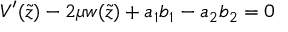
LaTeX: V ^ { \prime } ( \tilde { z } ) - 2 \mu w ( \tilde { z } ) + a _ { 1 } b _ { 1 } - a _ { 2 } b _ { 2 } = 0